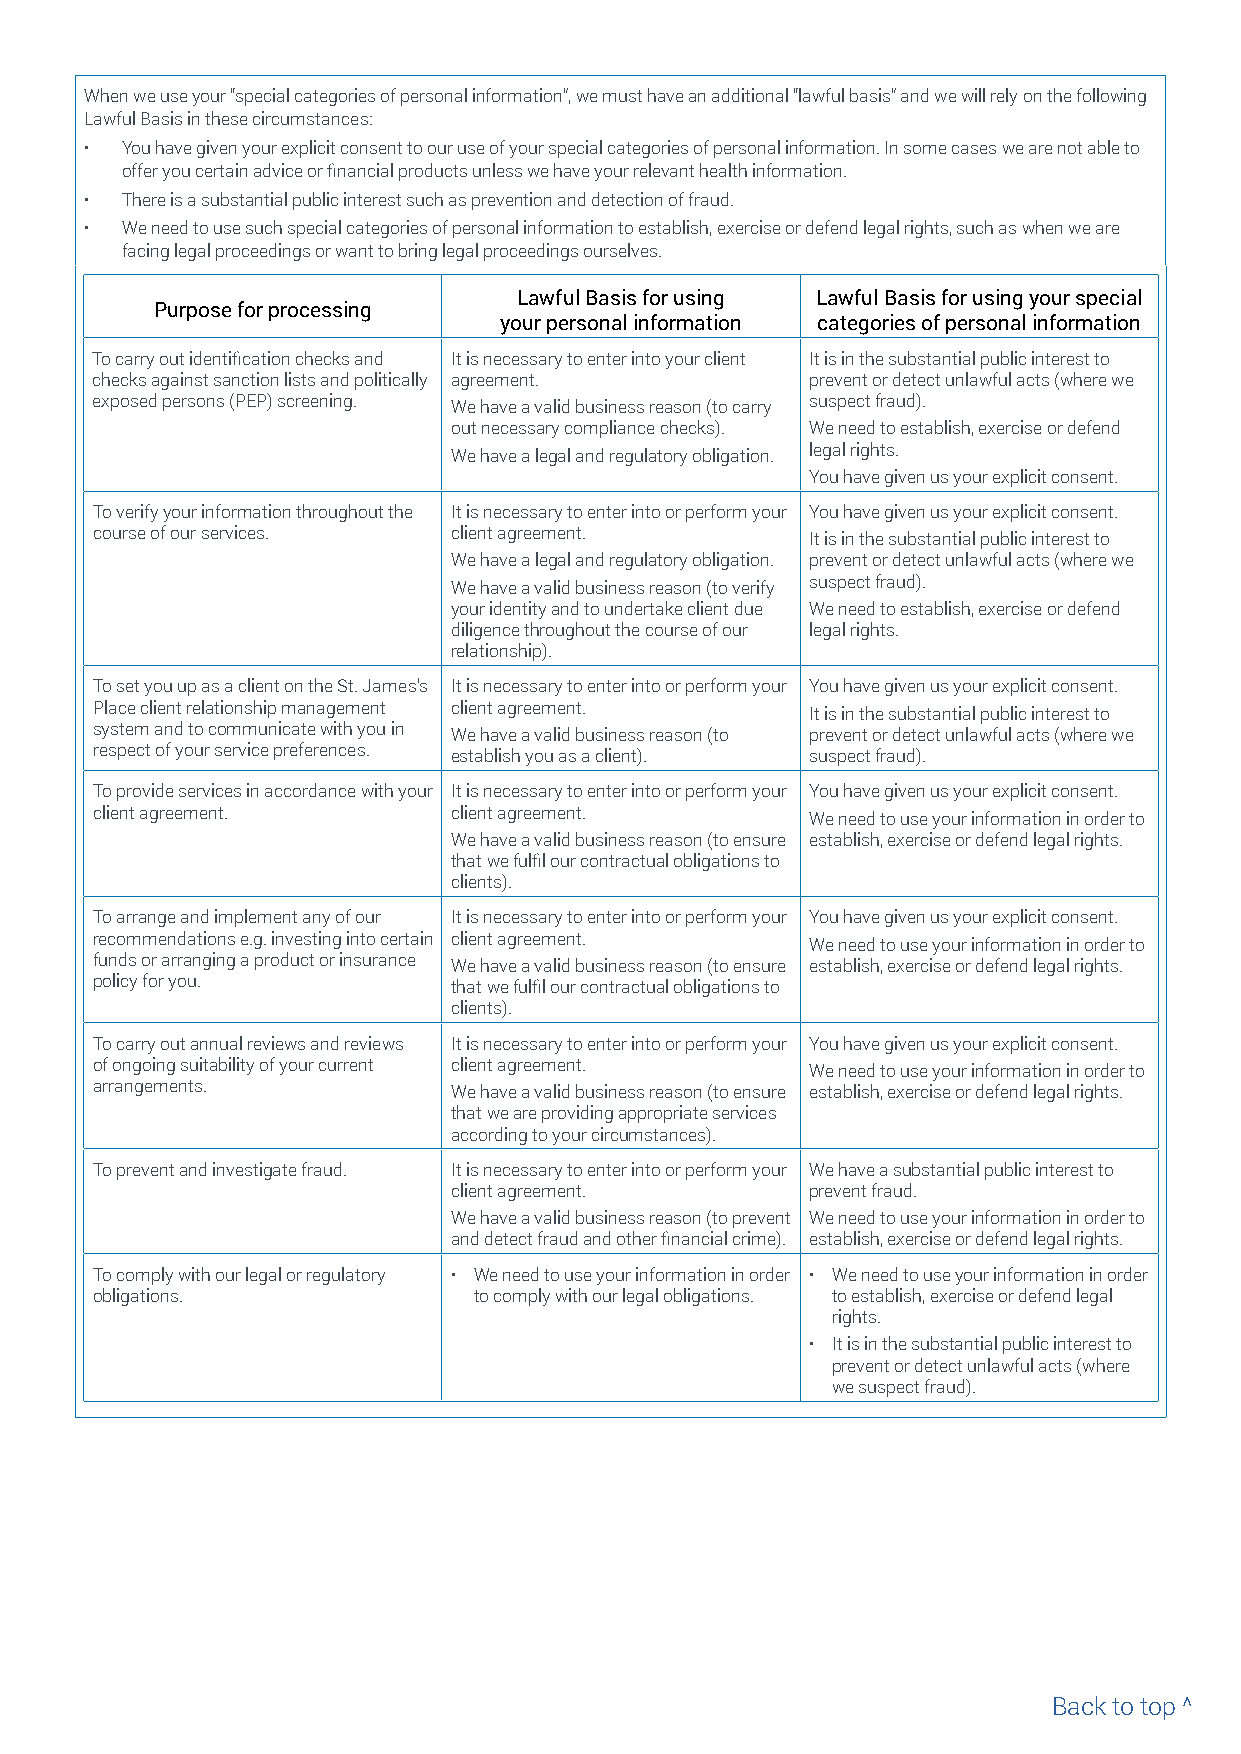
When we use your “special categories of personal information”, we must have an additional “lawful basis” and we will rely on the following
 Lawful Basis in these circumstances:
 • You have given your explicit consent to our use of your special categories of personal information. In some cases we are not able to
 offer you certain advice or financial products unless we have your relevant health information.
 • There is a substantial public interest such as prevention and detection of fraud.
 • We need to use such special categories of personal information to establish, exercise or defend legal rights, such as when we are
 facing legal proceedings or want to bring legal proceedings ourselves.
 Lawful Basis for using Lawful Basis for using your special
 Purpose for processing
 your personal information categories of personal information
 To carry out identification checks and It is necessary to enter into your client It is in the substantial public interest to
 checks against sanction lists and politically agreement. prevent or detect unlawful acts (where we
 exposed persons (PEP) screening. We have a valid business reason (to carry suspect fraud).
 out necessary compliance checks). We need to establish, exercise or defend
 We have a legal and regulatory obligation. legal rights.
 You have given us your explicit consent.
 To verify your information throughout the It is necessary to enter into or perform your You have given us your explicit consent.
 course of our services. client agreement.       It is in the substantial public interest to
 We have a legal and regulatory obligation. prevent or detect unlawful acts (where we
 We have a valid business reason (to verify suspect fraud).
 your identity and to undertake client due We need to establish, exercise or defend
 diligence throughout the course of our legal rights.
 relationship).
 To set you up as a client on the St. James’s It is necessary to enter into or perform your You have given us your explicit consent.
 Place client relationship management client agreement. It is in the substantial public interest to
 system and to communicate with you in We have a valid business reason (to prevent or detect unlawful acts (where we
 respect of your service preferences. establish you as a client). suspect fraud).
 To provide services in accordance with your It is necessary to enter into or perform your You have given us your explicit consent.
 client agreement.       client agreement.       We need to use your information in order to
 We have a valid business reason (to ensure establish, exercise or defend legal rights.
 that we fulfil our contractual obligations to
 clients).
 To arrange and implement any of our It is necessary to enter into or perform your You have given us your explicit consent.
 recommendations e.g. investing into certain client agreement. We need to use your information in order to
 funds or arranging a product or insurance We have a valid business reason (to ensure establish, exercise or defend legal rights.
 policy for you.         that we fulfil our contractual obligations to
 clients).
 To carry out annual reviews and reviews It is necessary to enter into or perform your You have given us your explicit consent.
 of ongoing suitability of your current client agreement. We need to use your information in order to
 arrangements.           We have a valid business reason (to ensure establish, exercise or defend legal rights.
 that we are providing appropriate services
 according to your circumstances).
 To prevent and investigate fraud. It is necessary to enter into or perform your We have a substantial public interest to
 client agreement.       prevent fraud.
 We have a valid business reason (to prevent We need to use your information in order to
 and detect fraud and other financial crime). establish, exercise or defend legal rights.
 To comply with our legal or regulatory • W e need to use your information in order • W e need to use your information in order
 obligations.             to comply with our legal obligations. to establish, exercise or defend legal
 rights.
 • I t is in the substantial public interest to
 prevent or detect unlawful acts (where
 we suspect fraud).
 Back to top ^